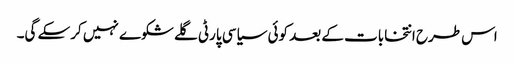
اس طرح انتخابات کے بعد کوئی سیاسی پارٹی گلے شکوے نہیں کرسکے گی۔